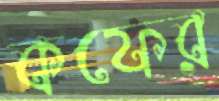
কফের